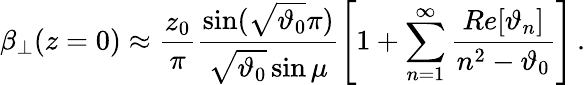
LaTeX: \beta_{\perp}(z=0)\approx\frac{z_{0}}{\pi}\frac{\sin(\sqrt{\vartheta_{0}}\pi)}{\sqrt{\vartheta_{0}}\sin\mu}\left[1+\sum_{n=1}^{\infty}\frac{Re[\vartheta_{n}]}{n^{2}-\vartheta_{0}}\right]\, .